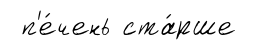
п'е́чень ста́рше